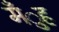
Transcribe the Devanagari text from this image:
मँुह